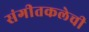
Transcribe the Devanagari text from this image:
संगीतकलेची